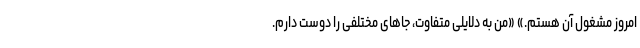
امروز مشغول آن هستم.» «من به دلایلی متفاوت، جاهای مختلفی را دوست دارم.